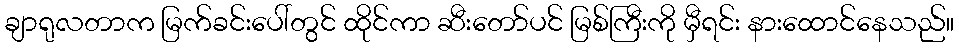
ချာရုလတာက မြက်ခင်းပေါ်တွင် ထိုင်ကာ ဆီးတော်ပင် မြစ်ကြီးကို မှီရင်း နားထောင်နေသည်။